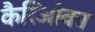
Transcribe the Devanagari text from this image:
कैरिओका